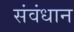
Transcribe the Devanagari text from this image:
संवंधान